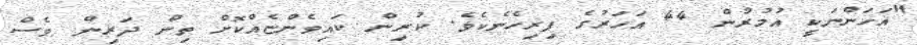
"އަހަންނަކީ އުމުރުން 44 އަހަރުގެ ފިރިހެނެކެވެ. ކުރިން ކައިވެންޏެއްކޮށް ތިން ދަރިން ވެސް